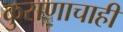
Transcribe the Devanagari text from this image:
कुराणाचाही